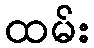
ထမ်း